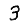
Digit: 3